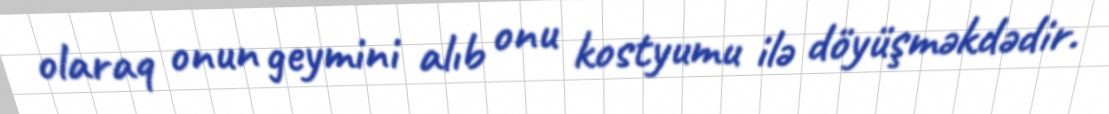
olaraq onun geymini alıb onu kostyumu ilə döyüşməkdədir.